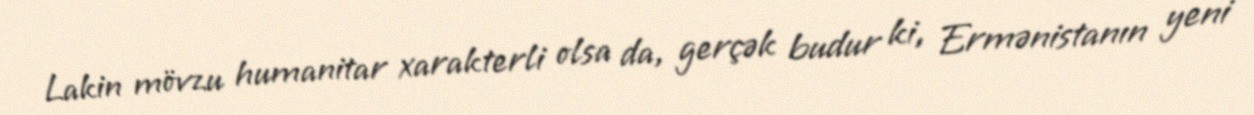
Lakin mövzu humanitar xarakterli olsa da, gerçək budur ki, Ermənistanın yeni